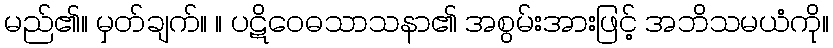
မည်၏။ မှတ်ချက်။ ။ ပဋိဝေဓသာသနာ၏ အစွမ်းအားဖြင့် အဘိသမယံကို။